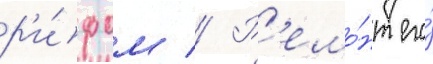
р'и́фом // Р'емо́нт его́